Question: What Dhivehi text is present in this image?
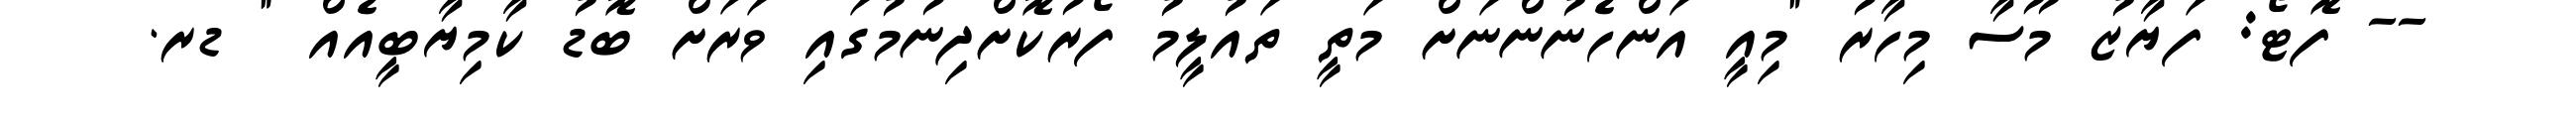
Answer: -- ފޮޓޯ: ފަޔާޒު މޫސާ މިހާރު "މިއީ އަންހެނުންނަށް މަތީ ތައުލީމު ފޯރުކޮށްދިނުމުގައި ވަރަށް ބޮޑު ކާމިޔާބީއެއް " ޑރ.